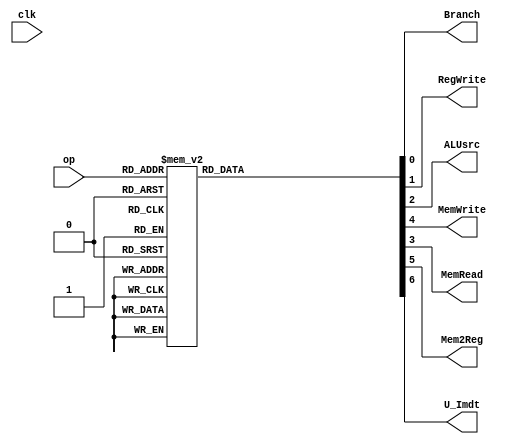
`timescale 1ns / 1ps
//////////////////////////////////////////////////////////////////////////////////
// Company: 
// Engineer: 
// 
// Design Name: 
// Module Name: ALU
// Project Name: 
// Target Devices: 
// Tool Versions: 
// Description: 
// 
// Dependencies: 
// 
// Revision:
// Revision 0.01 - File Created
// Additional Comments:
// 
//////////////////////////////////////////////////////////////////////////////////


module controlsig #(
    parameter OP_WIDTH=3
)
(
    input clk,
    input [OP_WIDTH-1:0] op,
    output reg Branch,
    output reg RegWrite,
    output reg ALUsrc,
    output reg MemWrite,
    output reg MemRead,
    output reg Mem2Reg,
    output reg U_Imdt
    );
    //this is really sus, def fix this later
    always @(*) begin
        case (op)
            3'b000: begin //ADD
                Branch <= 0;
                RegWrite <= 1;
                ALUsrc <= 0;
                MemRead <= 0;
                MemWrite <= 0;
                Mem2Reg <= 0;
                U_Imdt <= 0;
            end
            3'b001: begin //ADDI
                Branch <= 0;
                RegWrite <= 1;
                ALUsrc <= 1;
                MemRead <= 0;
                MemWrite <= 0;
                Mem2Reg <= 0;
                U_Imdt <= 0;
            end
            3'b010: begin //NAND
                Branch <= 0;
                RegWrite <= 1;
                ALUsrc <= 0;
                MemRead <= 0;
                MemWrite <= 0;
                Mem2Reg <= 0;
                U_Imdt <= 0;
            end
            3'b011: begin //LUI
                Branch <= 0;
                RegWrite <= 1;
                ALUsrc <= 1;
                MemRead <= 0;
                MemWrite <= 0;
                Mem2Reg <= 0;
                U_Imdt <= 1;
            end
            3'b100: begin //SW
                Branch <= 0;
                RegWrite <= 0;
                ALUsrc <= 1;
                MemRead <= 0;
                MemWrite <= 1;
                Mem2Reg <= 0;
                U_Imdt <= 0;
            end
            3'b101: begin //LW
                Branch <= 0;
                RegWrite <= 1;
                ALUsrc <= 1;
                MemRead <= 1;
                MemWrite <= 0;
                Mem2Reg <= 1;
                U_Imdt <= 0;
            end
           3'b110: begin //BEQ
                Branch <= 1;
                RegWrite <= 0;
                ALUsrc <= 0;
                MemRead <= 0;
                MemWrite <= 0;
                Mem2Reg <= 0;
                U_Imdt <= 0;
            end
           3'b111: begin //JALR
                Branch <= 1;
                RegWrite <= 1;
                ALUsrc <= 0;
                MemRead <= 0;
                MemWrite <= 0;
                Mem2Reg <= 0;
                U_Imdt <= 0;
            end
        endcase
    end
endmodule